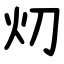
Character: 灱